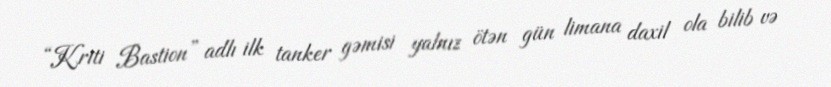
“Kriti Bastion” adlı ilk tanker gəmisi yalnız ötən gün limana daxil ola bilib və